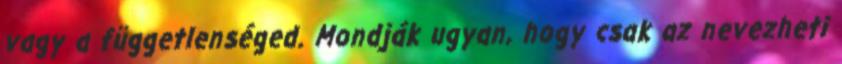
vagy a függetlenséged. Mondják ugyan, hogy csak az nevezheti